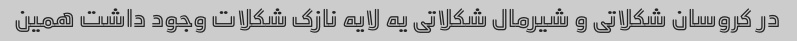
در کروسان شکلاتی و شیرمال شکلاتی یه لایه نازک شکلات وجود داشت همین